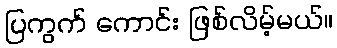
ပြကွက် ကောင်း ဖြစ်လိမ့်မယ်။